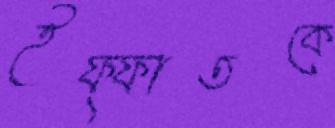
ইফ্ফাতকে